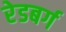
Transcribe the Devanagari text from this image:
रेडबर्ग